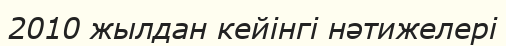
2010 жылдан кейінгі нәтижелері